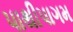
પાથીપાગમ